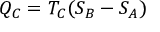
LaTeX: Q _ { C } = T _ { C } ( S _ { B } - S _ { A } )